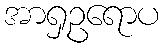
အာရှဥရောပ